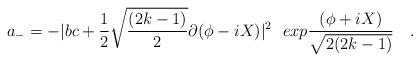
LaTeX: \begin{align*}a_- = -|bc + {1\over2}\sqrt{{(2k-1)}\over{2}}\partial(\phi - iX)|^2{}~~exp{{(\phi + iX)}\over {\sqrt{2(2k-1)}}}\quad.\end{align*}